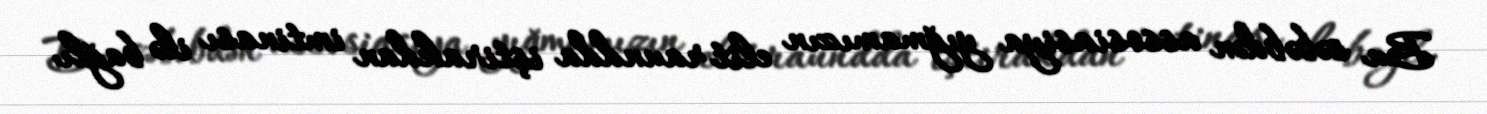
Bu səbəbdən assosiasiya yığmamızın elit raundda iştirakdan imtinası ilə bağlı